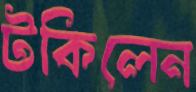
টকিলেন